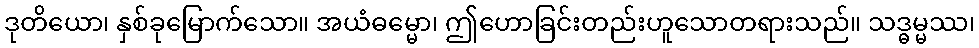
ဒုတိယော၊ နှစ်ခုမြောက်သော။ အယံဓမ္မော၊ ဤဟောခြင်းတည်းဟူသောတရားသည်။ သဒ္ဓမ္မဿ၊